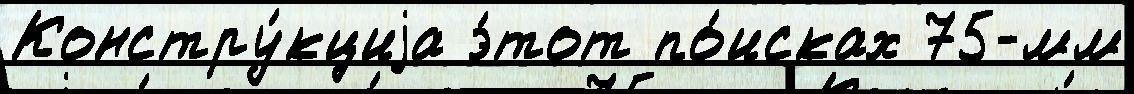
Констру́кциjа э́тот по́исках 75-мм